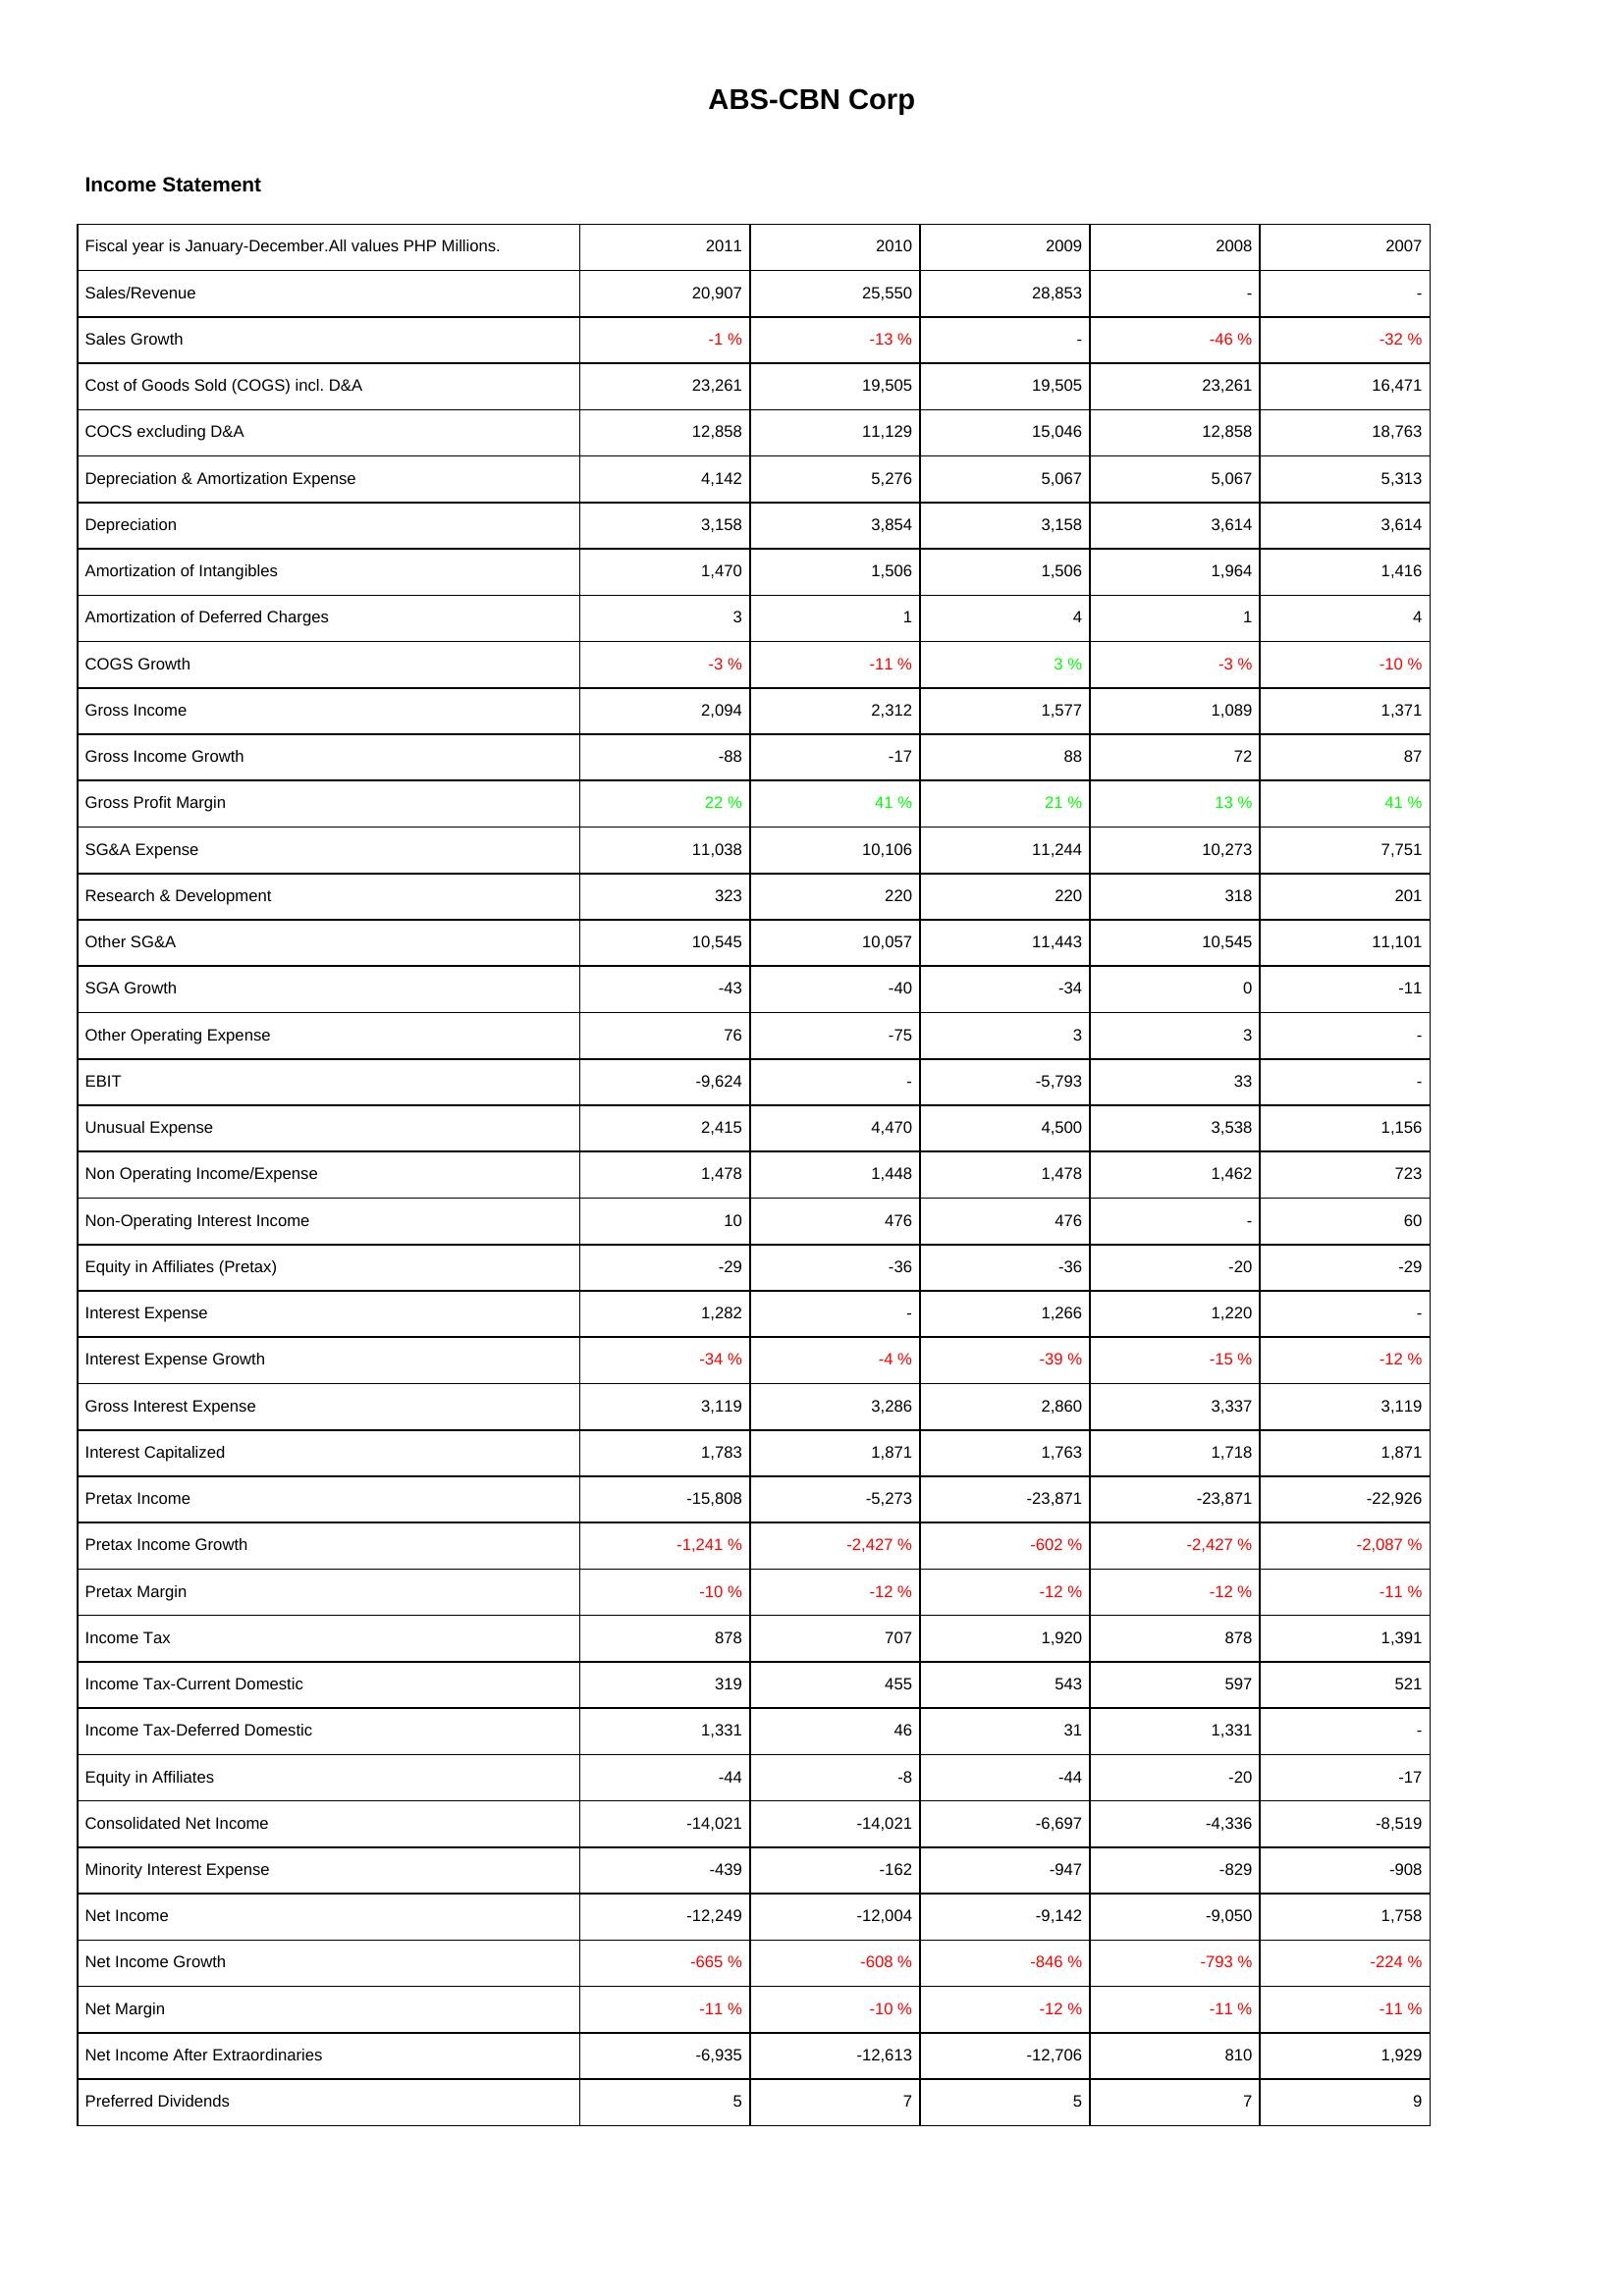
2011: Income Statement: Sales/Revenue: 20,907
Sales Growth: -1 %
Cost of Goods Sold (COGS) incl. D&A: 23,261
COCS excluding D&A: 12,858
Depreciation & Amortization Expense: 4,142
Depreciation: 3,158
Amortization of Intangibles: 1,470
Amortization of Deferred Charges: 3
COGS Growth: -3 %
Gross Income: 2,094
Gross Income Growth: -88
Gross Profit Margin: 22 %
SG&A Expense: 11,038
Research & Development: 323
Other SG&A: 10,545
SGA Growth: -43
Other Operating Expense: 76
EBIT: -9,624
Unusual Expense: 2,415
Non Operating Income/Expense: 1,478
Non-Operating Interest Income: 10
Equity in Affiliates (Pretax): -29
Interest Expense: 1,282
Interest Expense Growth: -34 %
Gross Interest Expense: 3,119
Interest Capitalized: 1,783
Pretax Income: -15,808
Pretax Income Growth: -1,241 %
Pretax Margin: -10 %
Income Tax: 878
Income Tax-Current Domestic: 319
Income Tax-Deferred Domestic: 1,331
Equity in Affiliates: -44
Consolidated Net Income: -14,021
Minority Interest Expense: -439
Net Income: -12,249
Net Income Growth: -665 %
Net Margin: -11 %
Net Income After Extraordinaries: -6,935
Preferred Dividends: 5
2010: Income Statement: Sales/Revenue: 25,550
Sales Growth: -13 %
Cost of Goods Sold (COGS) incl. D&A: 19,505
COCS excluding D&A: 11,129
Depreciation & Amortization Expense: 5,276
Depreciation: 3,854
Amortization of Intangibles: 1,506
Amortization of Deferred Charges: 1
COGS Growth: -11 %
Gross Income: 2,312
Gross Income Growth: -17
Gross Profit Margin: 41 %
SG&A Expense: 10,106
Research & Development: 220
Other SG&A: 10,057
SGA Growth: -40
Other Operating Expense: -75
EBIT: -
Unusual Expense: 4,470
Non Operating Income/Expense: 1,448
Non-Operating Interest Income: 476
Equity in Affiliates (Pretax): -36
Interest Expense: -
Interest Expense Growth: -4 %
Gross Interest Expense: 3,286
Interest Capitalized: 1,871
Pretax Income: -5,273
Pretax Income Growth: -2,427 %
Pretax Margin: -12 %
Income Tax: 707
Income Tax-Current Domestic: 455
Income Tax-Deferred Domestic: 46
Equity in Affiliates: -8
Consolidated Net Income: -14,021
Minority Interest Expense: -162
Net Income: -12,004
Net Income Growth: -608 %
Net Margin: -10 %
Net Income After Extraordinaries: -12,613
Preferred Dividends: 7
2009: Income Statement: Sales/Revenue: 28,853
Sales Growth: -
Cost of Goods Sold (COGS) incl. D&A: 19,505
COCS excluding D&A: 15,046
Depreciation & Amortization Expense: 5,067
Depreciation: 3,158
Amortization of Intangibles: 1,506
Amortization of Deferred Charges: 4
COGS Growth: 3 %
Gross Income: 1,577
Gross Income Growth: 88
Gross Profit Margin: 21 %
SG&A Expense: 11,244
Research & Development: 220
Other SG&A: 11,443
SGA Growth: -34
Other Operating Expense: 3
EBIT: -5,793
Unusual Expense: 4,500
Non Operating Income/Expense: 1,478
Non-Operating Interest Income: 476
Equity in Affiliates (Pretax): -36
Interest Expense: 1,266
Interest Expense Growth: -39 %
Gross Interest Expense: 2,860
Interest Capitalized: 1,763
Pretax Income: -23,871
Pretax Income Growth: -602 %
Pretax Margin: -12 %
Income Tax: 1,920
Income Tax-Current Domestic: 543
Income Tax-Deferred Domestic: 31
Equity in Affiliates: -44
Consolidated Net Income: -6,697
Minority Interest Expense: -947
Net Income: -9,142
Net Income Growth: -846 %
Net Margin: -12 %
Net Income After Extraordinaries: -12,706
Preferred Dividends: 5
2008: Income Statement: Sales/Revenue: -
Sales Growth: -46 %
Cost of Goods Sold (COGS) incl. D&A: 23,261
COCS excluding D&A: 12,858
Depreciation & Amortization Expense: 5,067
Depreciation: 3,614
Amortization of Intangibles: 1,964
Amortization of Deferred Charges: 1
COGS Growth: -3 %
Gross Income: 1,089
Gross Income Growth: 72
Gross Profit Margin: 13 %
SG&A Expense: 10,273
Research & Development: 318
Other SG&A: 10,545
SGA Growth: 0
Other Operating Expense: 3
EBIT: 33
Unusual Expense: 3,538
Non Operating Income/Expense: 1,462
Non-Operating Interest Income: -
Equity in Affiliates (Pretax): -20
Interest Expense: 1,220
Interest Expense Growth: -15 %
Gross Interest Expense: 3,337
Interest Capitalized: 1,718
Pretax Income: -23,871
Pretax Income Growth: -2,427 %
Pretax Margin: -12 %
Income Tax: 878
Income Tax-Current Domestic: 597
Income Tax-Deferred Domestic: 1,331
Equity in Affiliates: -20
Consolidated Net Income: -4,336
Minority Interest Expense: -829
Net Income: -9,050
Net Income Growth: -793 %
Net Margin: -11 %
Net Income After Extraordinaries: 810
Preferred Dividends: 7
2007: Income Statement: Sales/Revenue: -
Sales Growth: -32 %
Cost of Goods Sold (COGS) incl. D&A: 16,471
COCS excluding D&A: 18,763
Depreciation & Amortization Expense: 5,313
Depreciation: 3,614
Amortization of Intangibles: 1,416
Amortization of Deferred Charges: 4
COGS Growth: -10 %
Gross Income: 1,371
Gross Income Growth: 87
Gross Profit Margin: 41 %
SG&A Expense: 7,751
Research & Development: 201
Other SG&A: 11,101
SGA Growth: -11
Other Operating Expense: -
EBIT: -
Unusual Expense: 1,156
Non Operating Income/Expense: 723
Non-Operating Interest Income: 60
Equity in Affiliates (Pretax): -29
Interest Expense: -
Interest Expense Growth: -12 %
Gross Interest Expense: 3,119
Interest Capitalized: 1,871
Pretax Income: -22,926
Pretax Income Growth: -2,087 %
Pretax Margin: -11 %
Income Tax: 1,391
Income Tax-Current Domestic: 521
Income Tax-Deferred Domestic: -
Equity in Affiliates: -17
Consolidated Net Income: -8,519
Minority Interest Expense: -908
Net Income: 1,758
Net Income Growth: -224 %
Net Margin: -11 %
Net Income After Extraordinaries: 1,929
Preferred Dividends: 9